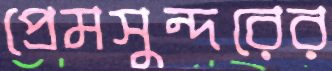
প্রেমসুন্দরের